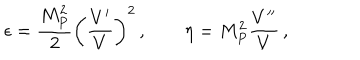
LaTeX: \epsilon = \frac { M _ { P } ^ { 2 } } { 2 } \left( \frac { V ^ { \prime } } { V } \right) ^ { 2 } \, , \qquad \eta = M _ { P } ^ { 2 } \frac { V ^ { \prime \prime } } { V } \, ,